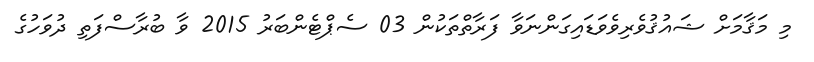
މި މަޤާމަށް ޝައުޤުވެރިވެވަޑައިގަންނަވާ ފަރާތްތަކުން 03 ސެޕްޓެންބަރު 2015 ވާ ބުރާސްފަތި ދުވަހުގެ